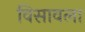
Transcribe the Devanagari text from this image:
विसावला